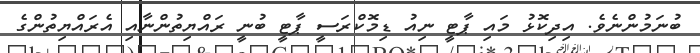
ބުނަމުންނެވެ. އިދިކޮޅު މައި ޕާޓީ ނިއު ޑިމޮކްރަސީ ޕާޓީ ބުނީ ރައްޔިތުންނާއި އެރައްޔިތުންގެ